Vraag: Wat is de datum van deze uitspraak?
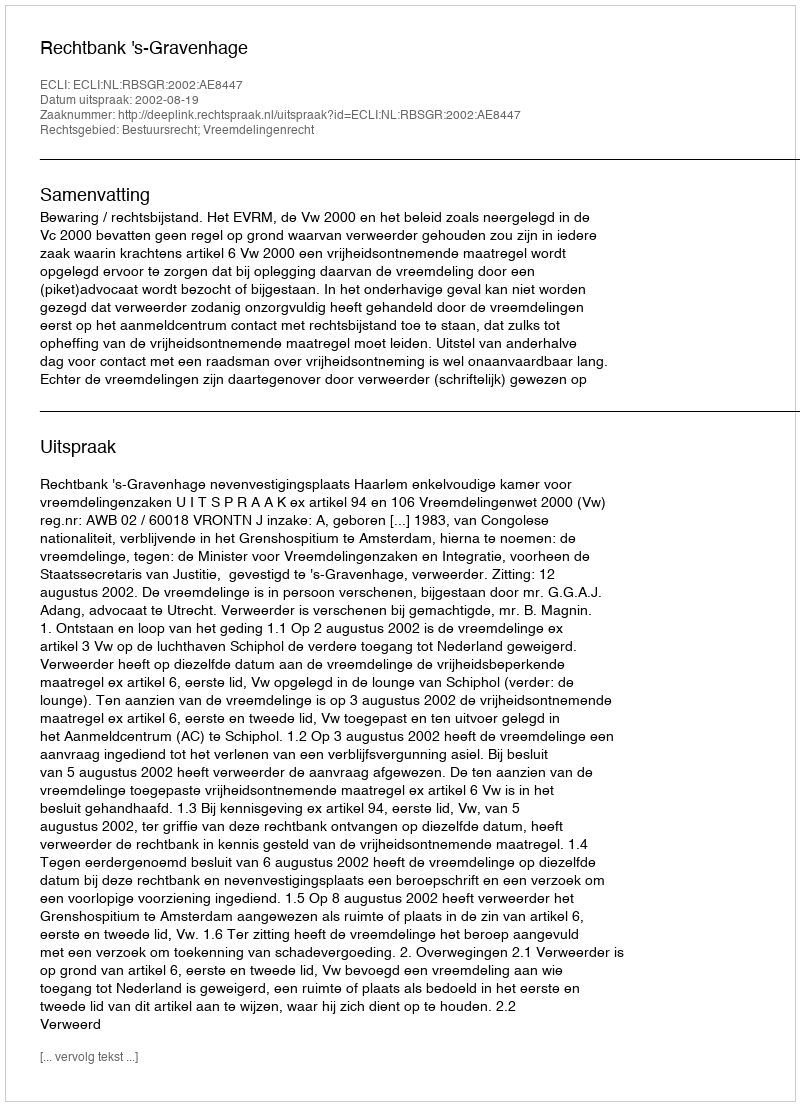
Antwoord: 2002-08-19